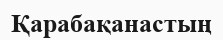
Қарабақанастың